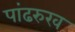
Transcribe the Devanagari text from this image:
पांढरुख